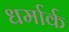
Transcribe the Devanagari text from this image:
धर्मार्क